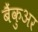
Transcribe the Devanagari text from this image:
बैंकुअर